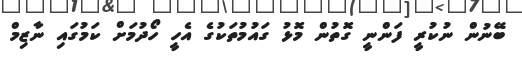
ބޭނުން ނުކުރީ ފަންނީ ގޮތުން މޮޅު ގައުމުތަކުގެ އެހީ ހޯދުމަށް ކަމުގައި ނާޒިމް